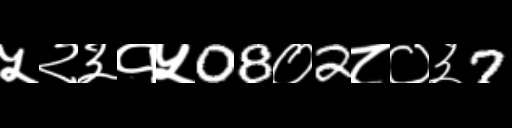
Text: ५२३१५08०2८०३7